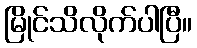
မြိုင်သိလိုက်ပါပြီ။